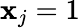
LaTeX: \mathbf{x}_{j}=1